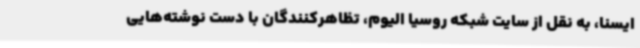
ایسنا، به نقل از سایت شبکه روسیا الیوم، تظاهرکنندگان با دست نوشته‌هایی